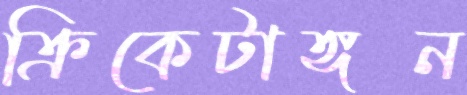
ক্রিকেটাঙ্গন